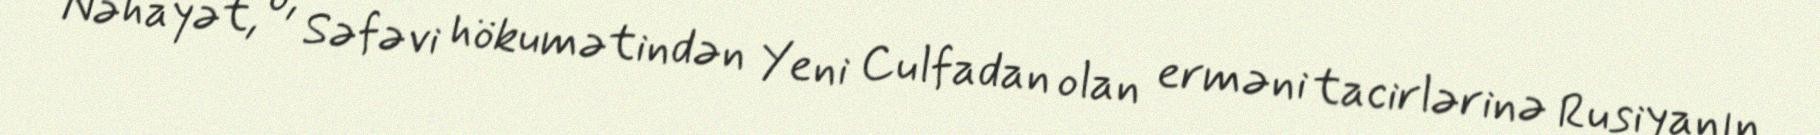
Nəhayət, o, Səfəvi hökumətindən Yeni Culfadan olan erməni tacirlərinə Rusiyanın